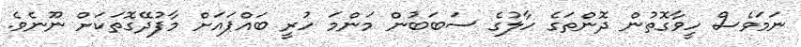
ނަމަވެސް ހީވާގޮތުން ދޮންތަގެ ހާލުގެ ސަބަބުން މަންމަ ހުރީ ބައްޕައަށް މާފުދޭގޮތަކަށް ނޫނެވެ.